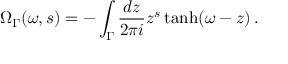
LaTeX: \Omega _ { \Gamma } ( \omega , s ) = - \int _ { \Gamma } \frac { d z } { 2 \pi i } z ^ { s } \operatorname { t a n h } ( \omega - z ) \, .